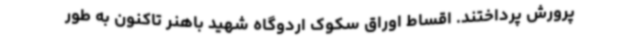
پرورش پرداختند. اقساط اوراق سکوک اردوگاه شهید باهنر تاکنون به طور